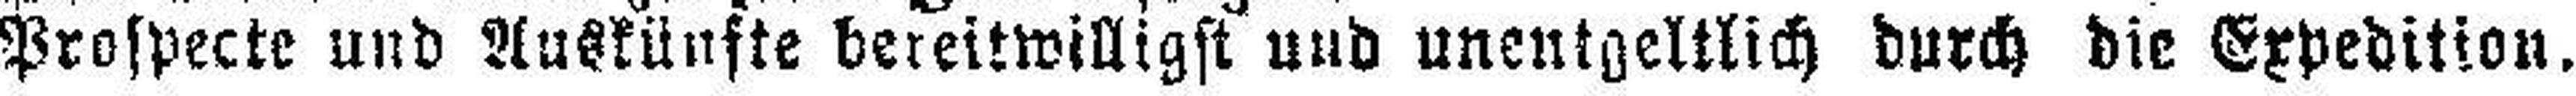
Prospecte und Auskünfte bereitwilligst und unentgeltlich durch die Expedition.